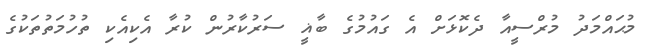
މުޙައްމަދު މުރްސީއާ ދެކޮޅަށް އެ ގައުމުގެ ބާޣީ ސަރުކާރުން ކުރާ އެކިއެކި ތުހުމަތުތަކުގެ